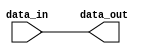
module io_buffer (
    input wire data_in,
    output wire data_out
);

assign data_out = data_in;

endmodule